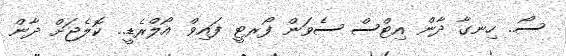
ސޯ.. ހިނގާ ދާން އިޓްސް ސެވަން ފޯރޓީ ފައިވް އޯލްރެޑީ.. ކޮލެޖަށް ދާން